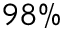
9 8 \%